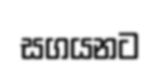
සගයනට